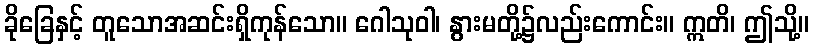
ခိုခြေနှင့် တူသောအဆင်းရှိကုန်သော။ ဂေါသုဝါ၊ နွားမတို့၌လည်းကောင်း။ ဣတိ၊ ဤသို့။